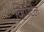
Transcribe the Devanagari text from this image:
व्हिपटेल